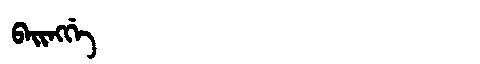
Manchu: ᠪᠠᡳᠩᡤᡝ
Romanization: BAINGGE